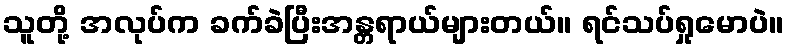
သူတို့ အလုပ်က ခက်ခဲပြီးအန္တရာယ်များတယ်။ ရင်သပ်ရှုမောပဲ။